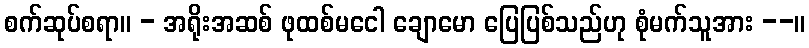
စက်ဆုပ်စရာ။ - အရိုးအဆစ် ဖုထစ်မငေါ ချောမော ပြေပြစ်သည်ဟု စုံမက်သူအား --။